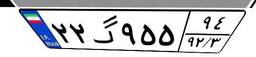
۲۲گ۹۵۵۹۴